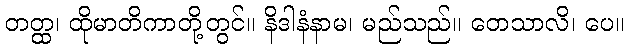
တတ္ထ၊ ထိုမာတိကာတို့တွင်။ နိဒါနံနာမ၊ မည်သည်။ ဝောသာလိ၊ ပေ။